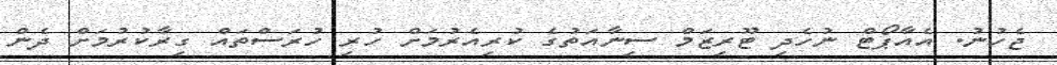
ޖެހުނު. އެއާޕޯޓް ނުހެދި ޓޫރިޒަމް ސިނާއަތުގެ ކުރިއެރުމަށް ހުރި ހުރަސްތައް ގިރާކުރުމަށް ދެން